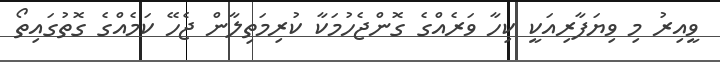
ވީއިރު މި ވިޔަފާރިއަކީ ކިހާ ވަރެއްގެ ގޮންޖެހުމަކާ ކުރިމަތިލާން ޖެހޭ ކަމެއްގެ ގޮތުގައިތޯ